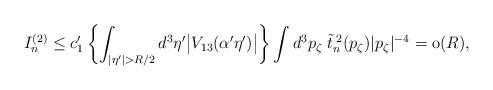
LaTeX: \begin{align*} I_n^{(2)} \leq c'_1 \left\{\int_{|\eta'|>R/2} d^3 \eta' \bigl| V_{13}(\alpha' \eta')\bigr| \right\} \int d^3 p_\zeta \; {\tilde t}^{\; 2}_n (p_\zeta) |p_\zeta|^{-4} = \hbox{o}(R), \end{align*}